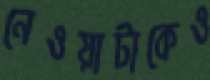
নেওয়াটাকেও